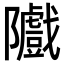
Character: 隵